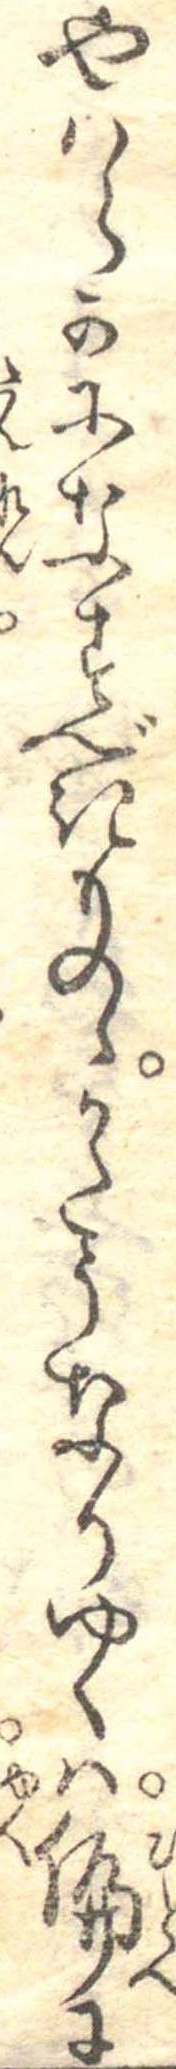
やはらかになすべきものゝかたくなりゆくは偏に